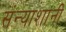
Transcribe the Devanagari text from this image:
संन्याशांनी